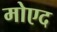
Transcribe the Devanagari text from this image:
मोएद